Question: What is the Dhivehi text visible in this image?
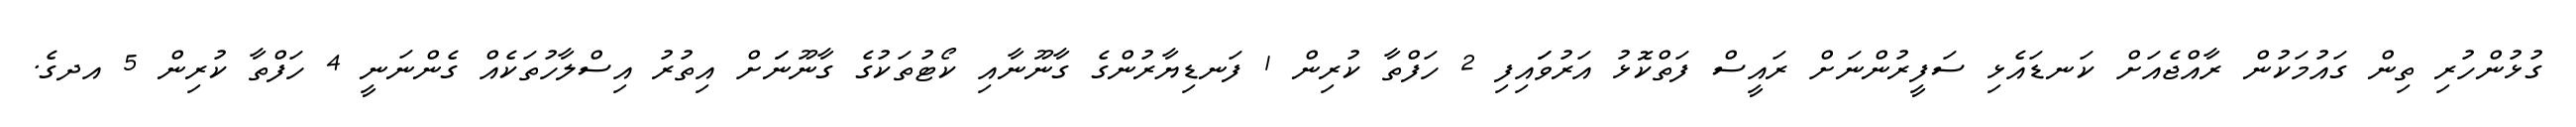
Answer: ގުޅުންހުރި ތިން ގައުމަކުން ރާއްޖެއަށް ކަނޑައެޅި ސަފީރުންނަށް ރައީސް ފަތްކޮޅު އަރުވަައިފި 2 ހަފްތާ ކުރިން 1 ފަނޑިޔާރުންގެ ގާނޫނާއި ކޯޓުތަކުގެ ގާނޫނަަށް އިތުރު އިސްލާހުތަކެއް ގެންނަނީ 4 ހަފްތާ ކުރިން 5 އދގެ.